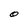
Character: O